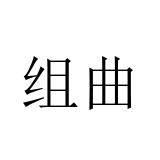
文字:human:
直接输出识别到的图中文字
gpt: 组曲